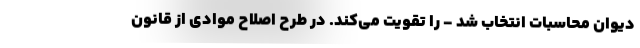
دیوان محاسبات انتخاب شد - را تقویت می‌کند. در طرح اصلاح موادی از قانون